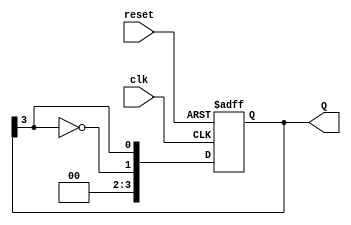
module johnson_counter #(
    parameter N = 4 // Number of flip-flops
)(
    input wire clk,        // Clock signal
    input wire reset,      // Asynchronous reset signal
    output reg [N-1:0] Q   // Counter output
);

    always @(posedge clk or posedge reset) begin
        if (reset) begin
            Q <= 0; // Reset all outputs to 0
        end else begin
            // Shift operation with feedback: last flip-flop inverted to first
            Q <= {~Q[N-1], Q[N-1:N-1]}; // Shift and insert inverted last bit
        end
    end

endmodule